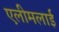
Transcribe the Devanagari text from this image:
एलीमलाई